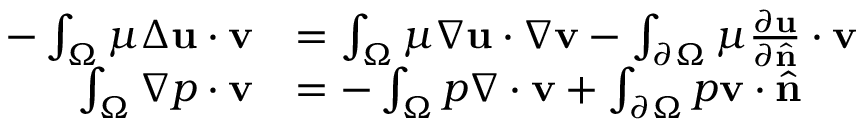
{ \begin{array} { r l } { - \int _ { \Omega } \mu \Delta \mathbf { u } \cdot \mathbf { v } } & { = \int _ { \Omega } \mu \nabla \mathbf { u } \cdot \nabla \mathbf { v } - \int _ { \partial \Omega } \mu { \frac { \partial \mathbf { u } } { \partial { \hat { \mathbf { n } } } } } \cdot \mathbf { v } } \\ { \int _ { \Omega } \nabla p \cdot \mathbf { v } } & { = - \int _ { \Omega } p \nabla \cdot \mathbf { v } + \int _ { \partial \Omega } p \mathbf { v } \cdot { \hat { \mathbf { n } } } } \end{array} }